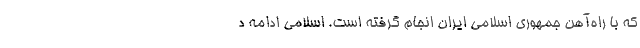
که با راه‌آهن جمهوری اسلامی ایران انجام گرفته است. اسلامی ادامه د